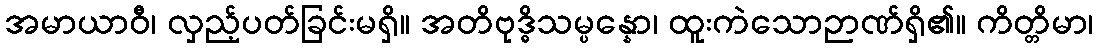
အမာယာဝီ၊ လှည့်ပတ်ခြင်းမရှိ။ အတိဗုဒ္ဓိသမ္ပန္နော၊ ထူးကဲသောဉာဏ်ရှိ၏။ ကိတ္တိမာ၊